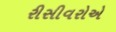
રીસીવરોએ